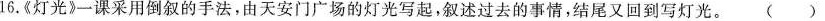
16.《灯光》一课采用倒叙的手法，由天安门广场的灯光写起，叙述过去的事情，结尾又回到写灯光。( )